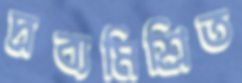
দ্রব্যমিশ্রিত